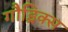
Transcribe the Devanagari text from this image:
गौड्रिक्स